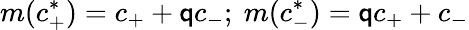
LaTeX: m(c_{+}^{*})=c_{+}+\mathsf{q}c_{-};\ m(c_{-}^{*})=\mathsf{q}c_{+}+c_{-}